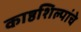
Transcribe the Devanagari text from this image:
काष्ठशिल्पांचे